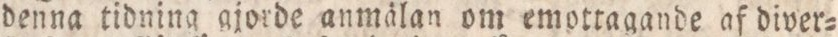
denna tidning gjorde anmälan om emottagande af diver=